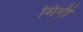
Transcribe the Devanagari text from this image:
मिंगी